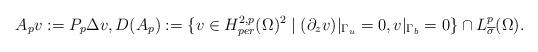
LaTeX: \begin{align*}A_p v := P_p \Delta v, D(A_p) := \{v\in H_{per}^{2,p}(\Omega)^2 \mid (\partial_z v)\vert_{\Gamma_u} = 0, v\vert_{\Gamma_b} = 0 \} \cap L^p_{\overline{\sigma}}(\Omega).\end{align*}